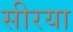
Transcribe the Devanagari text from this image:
सीरया